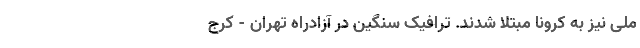
ملی نیز به کرونا مبتلا شدند. ترافیک سنگین در آزادراه تهران - کرج